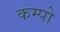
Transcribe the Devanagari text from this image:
कम्पो